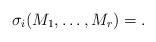
LaTeX: \begin{align*}\sigma_i( M_1, \dots , M_r) = .\end{align*}